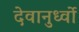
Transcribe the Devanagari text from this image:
देवानुर्ध्वो